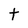
Character: t